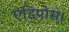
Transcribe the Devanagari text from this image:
एडिपोस।